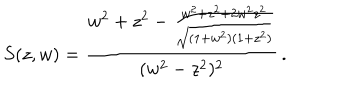
LaTeX: S ( z , w ) = \frac { w ^ { 2 } + z ^ { 2 } - \frac { w ^ { 2 } + z ^ { 2 } + 2 w ^ { 2 } z ^ { 2 } } { \sqrt { ( 1 + w ^ { 2 } ) ( 1 + z ^ { 2 } ) } } } { ( w ^ { 2 } - z ^ { 2 } ) ^ { 2 } } \, .